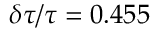
\delta \tau / \tau = 0 . 4 5 5